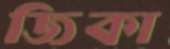
জিকা